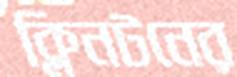
ক্লিনটনের